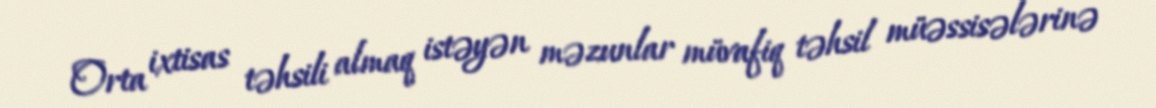
Orta ixtisas təhsili almaq istəyən məzunlar müvafiq təhsil müəssisələrinə